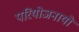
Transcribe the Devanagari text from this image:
परियोजनायों